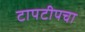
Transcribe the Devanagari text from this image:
टापटीपचा